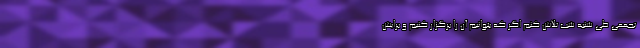
تجمعی طی شنبه شب تلاش کنم اگر که بتوانیم آن را برگزار کنیم و برایش